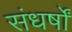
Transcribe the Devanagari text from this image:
संधर्षों